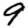
Digit: 9